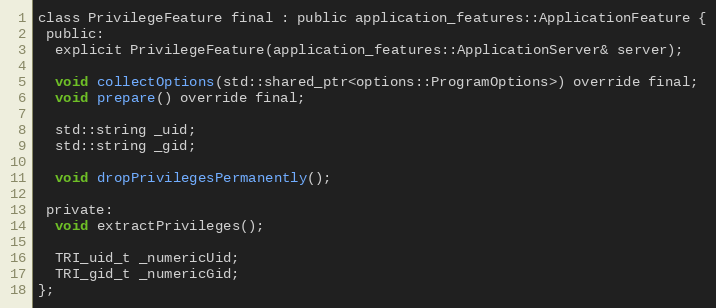
Language: C
class PrivilegeFeature final : public application_features::ApplicationFeature {
 public:
  explicit PrivilegeFeature(application_features::ApplicationServer& server);

  void collectOptions(std::shared_ptr<options::ProgramOptions>) override final;
  void prepare() override final;

  std::string _uid;
  std::string _gid;

  void dropPrivilegesPermanently();

 private:
  void extractPrivileges();

  TRI_uid_t _numericUid;
  TRI_gid_t _numericGid;
};